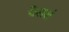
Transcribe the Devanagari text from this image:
पेललं